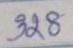
328